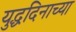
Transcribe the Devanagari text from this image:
युद्धदिनाच्या